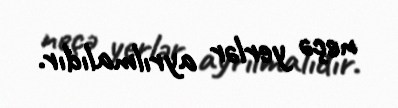
neçə yerlər ayrılmalıdır.